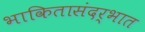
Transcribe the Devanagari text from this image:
भाकितासंदर्भात